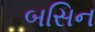
બસિન